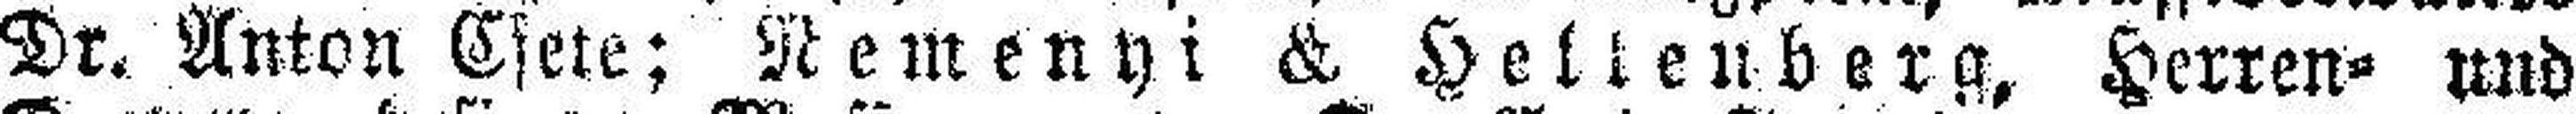
Dr. Anton Csete; Nemenyi & Hellenberg, Herren= und